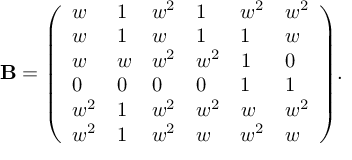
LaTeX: { \mathbf { B } } = { \left( \begin{array} { l l l l l l } { w } & { 1 } & { w ^ { 2 } } & { 1 } & { w ^ { 2 } } & { w ^ { 2 } } \\ { w } & { 1 } & { w } & { 1 } & { 1 } & { w } \\ { w } & { w } & { w ^ { 2 } } & { w ^ { 2 } } & { 1 } & { 0 } \\ { 0 } & { 0 } & { 0 } & { 0 } & { 1 } & { 1 } \\ { w ^ { 2 } } & { 1 } & { w ^ { 2 } } & { w ^ { 2 } } & { w } & { w ^ { 2 } } \\ { w ^ { 2 } } & { 1 } & { w ^ { 2 } } & { w } & { w ^ { 2 } } & { w } \end{array} \right) } .